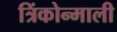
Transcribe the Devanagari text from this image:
त्रिंकोन्माली